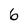
Character: 6